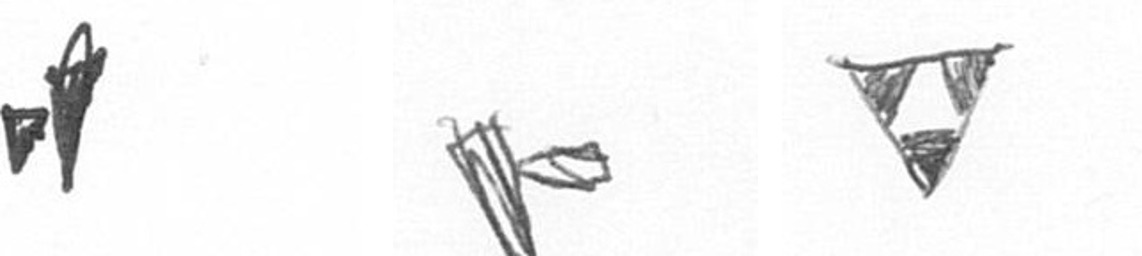
M F S